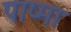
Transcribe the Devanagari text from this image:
पाष्मा